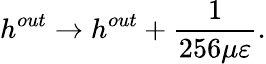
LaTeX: h^{out}\rightarrow h^{out}+\frac{1}{256\mu\varepsilon}.